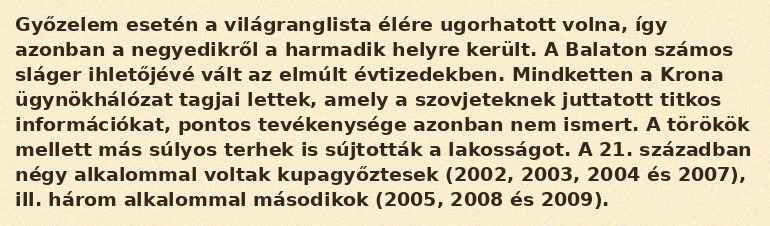
Győzelem esetén a világranglista élére ugorhatott volna, így azonban a negyedikről a harmadik helyre került. A Balaton számos sláger ihletőjévé vált az elmúlt évtizedekben. Mindketten a Krona ügynökhálózat tagjai lettek, amely a szovjeteknek juttatott titkos információkat, pontos tevékenysége azonban nem ismert. A törökök mellett más súlyos terhek is sújtották a lakosságot. A 21. században négy alkalommal voltak kupagyőztesek (2002, 2003, 2004 és 2007), ill. három alkalommal másodikok (2005, 2008 és 2009).